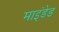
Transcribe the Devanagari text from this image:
माइंडेड